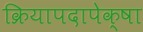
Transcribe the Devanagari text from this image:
क्रियापदापेक्षा